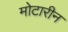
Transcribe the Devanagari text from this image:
मोटारीन